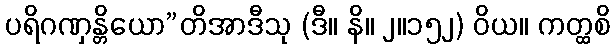
ပရိဂဏှန္တိယော”တိအာဒီသု (ဒီ။ နိ။ ၂။၁၅၂) ဝိယ။ ကတ္ထစိ